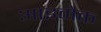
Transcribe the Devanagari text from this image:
आइमैक